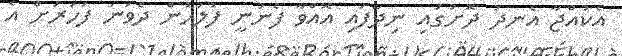
އެކުއްޖާ އެނދު ދޮށުގައި ނިދާފައި އޮއްވާ ފެނުނީ ފުލުހުން ދެވަނަ ފަހަރަށް އެ